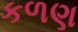
કળણ